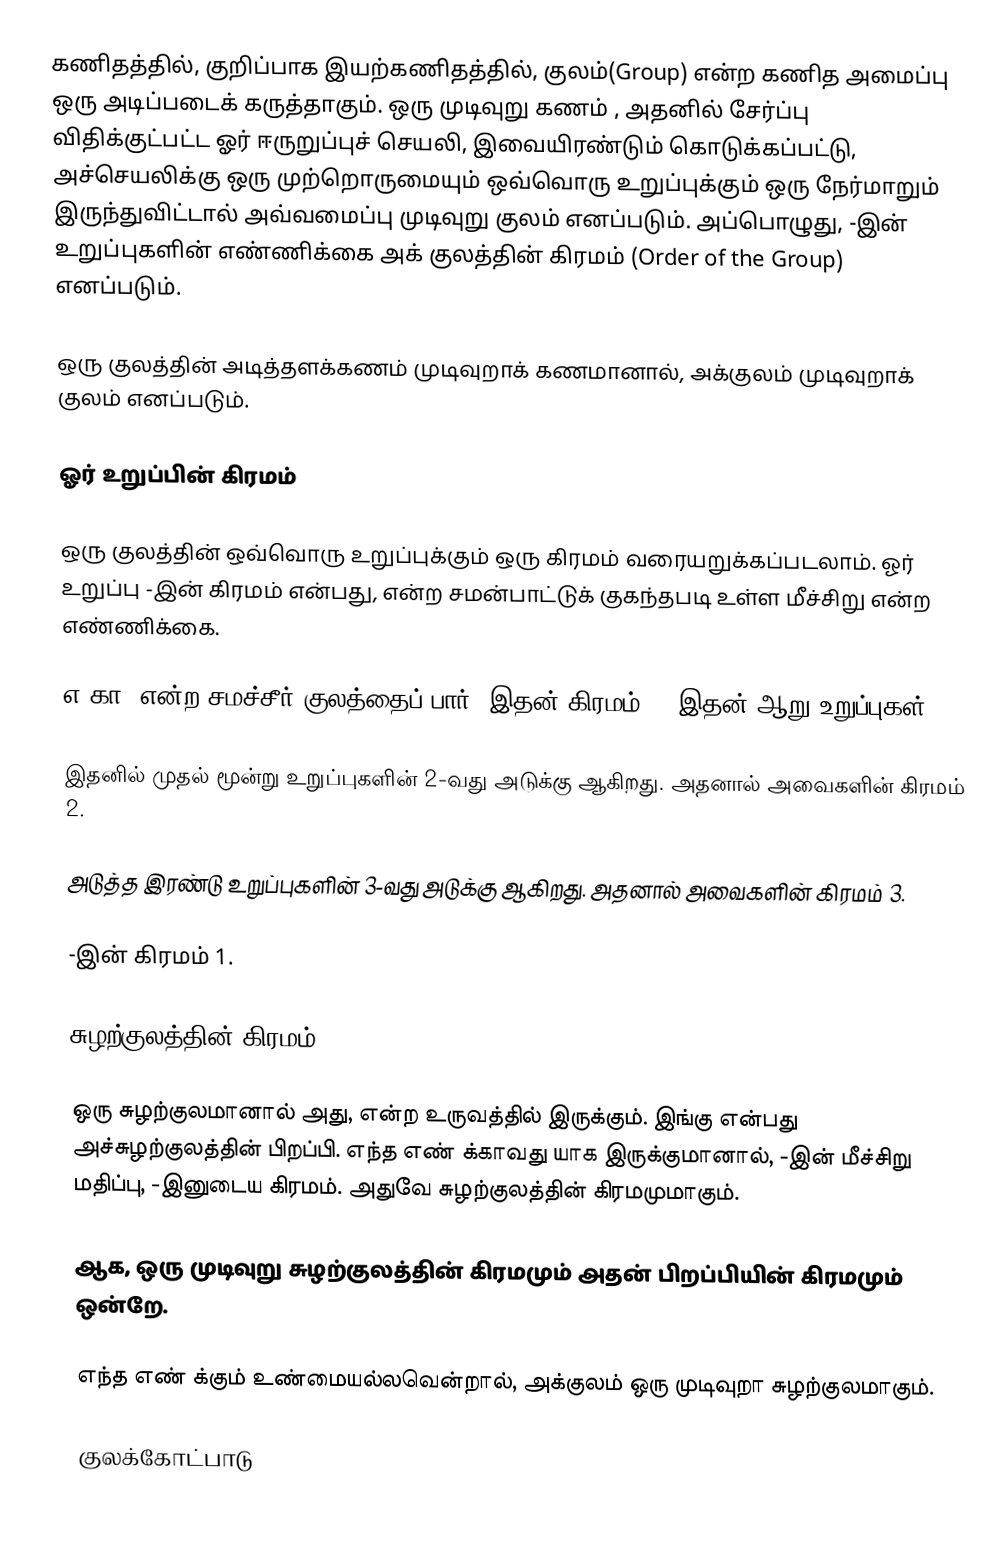
கணிதத்தில், குறிப்பாக  இயற்கணிதத்தில், குலம்(Group) என்ற கணித அமைப்பு ஒரு அடிப்படைக் கருத்தாகும். ஒரு முடிவுறு கணம் , அதனில் சேர்ப்பு விதிக்குட்பட்ட  ஓர் ஈருறுப்புச் செயலி, இவையிரண்டும் கொடுக்கப்பட்டு, அச்செயலிக்கு ஒரு முற்றொருமையும் ஒவ்வொரு உறுப்புக்கும் ஒரு நேர்மாறும் இருந்துவிட்டால் அவ்வமைப்பு  முடிவுறு குலம் எனப்படும். அப்பொழுது, -இன் உறுப்புகளின் எண்ணிக்கை அக் குலத்தின் கிரமம் (Order of the Group) எனப்படும்.

ஒரு குலத்தின் அடித்தளக்கணம் முடிவுறாக் கணமானால், அக்குலம் முடிவுறாக் குலம் எனப்படும்.

ஓர் உறுப்பின் கிரமம்

ஒரு குலத்தின் ஒவ்வொரு உறுப்புக்கும் ஒரு கிரமம் வரையறுக்கப்படலாம். ஓர் உறுப்பு  -இன் கிரமம் என்பது,  என்ற சமன்பாட்டுக் குகந்தபடி உள்ள மீச்சிறு  என்ற எண்ணிக்கை.

எ.கா.  என்ற சமச்சீர் குலத்தைப் பார். இதன் கிரமம் 6.  இதன்  ஆறு உறுப்புகள்:

இதனில்   முதல் மூன்று உறுப்புகளின் 2-வது அடுக்கு  ஆகிறது. அதனால் அவைகளின் கிரமம் 2.

அடுத்த இரண்டு உறுப்புகளின் 3-வது அடுக்கு  ஆகிறது. அதனால் அவைகளின் கிரமம் 3.

-இன் கிரமம் 1.

சுழற்குலத்தின் கிரமம்

 ஒரு சுழற்குலமானால் அது,  என்ற உருவத்தில் இருக்கும். இங்கு  என்பது அச்சுழற்குலத்தின் பிறப்பி.  எந்த எண்  க்காவது  யாக இருக்குமானால், -இன் மீச்சிறு மதிப்பு, -இனுடைய கிரமம். அதுவே சுழற்குலத்தின் கிரமமுமாகும்.

ஆக, ஒரு முடிவுறு சுழற்குலத்தின் கிரமமும் அதன் பிறப்பியின் கிரமமும் ஒன்றே.

எந்த எண்  க்கும்  உண்மையல்லவென்றால், அக்குலம் ஒரு முடிவுறா சுழற்குலமாகும்.

குலக்கோட்பாடு